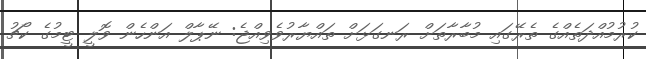
ކުރުމުއްދަތެއްގެ ތެރޭގައި މުބާރާތަށް ރަނގަޅަށް ތައްޔާރުވެވިއްޖެ: ނޭޕާލް އަންހެން ވޮލީ ޓީމުގެ ކޯޗު